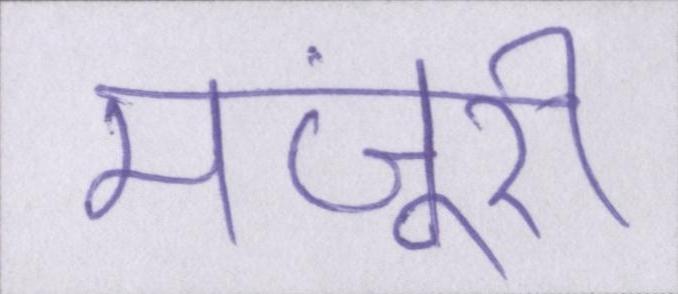
मंजूरी